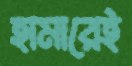
হামারেই